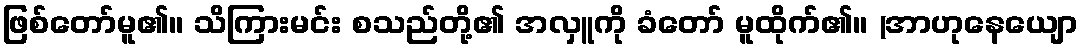
ဖြစ်တော်မူ၏။ သိကြားမင်း စသည်တို့၏ အလှူကို ခံတော် မူထိုက်၏။ (အာဟုနေယျော